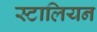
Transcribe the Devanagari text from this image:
स्टालियन